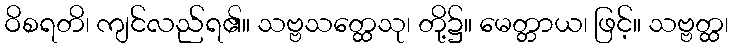
ဝိစရတိ၊ ကျင်လည်ရ၏။ သဗ္ဗသတ္ထေသု၊ တို့၌။ မေတ္တာယ၊ ဖြင့်။ သဗ္ဗတ္ထ၊